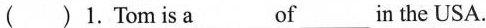
( ) 1. Tom is a___of___in the USA.